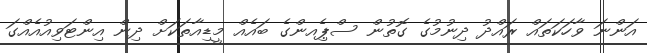
އަންނަ ވާހަކަތައް ރައްދު ދިނުމުގެ ގޮތުން ސްޕެިއންގެ ބައެއް މީޑިއާތަކަށް ދިން އިންޓަވިއުއެއްގަ